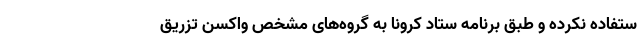
ستفاده نکرده و طبق برنامه ستاد کرونا به گروه‌های مشخص واکسن تزریق